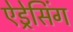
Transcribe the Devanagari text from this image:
ऐड्रेसिंग